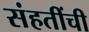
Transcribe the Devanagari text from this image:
संहतींची